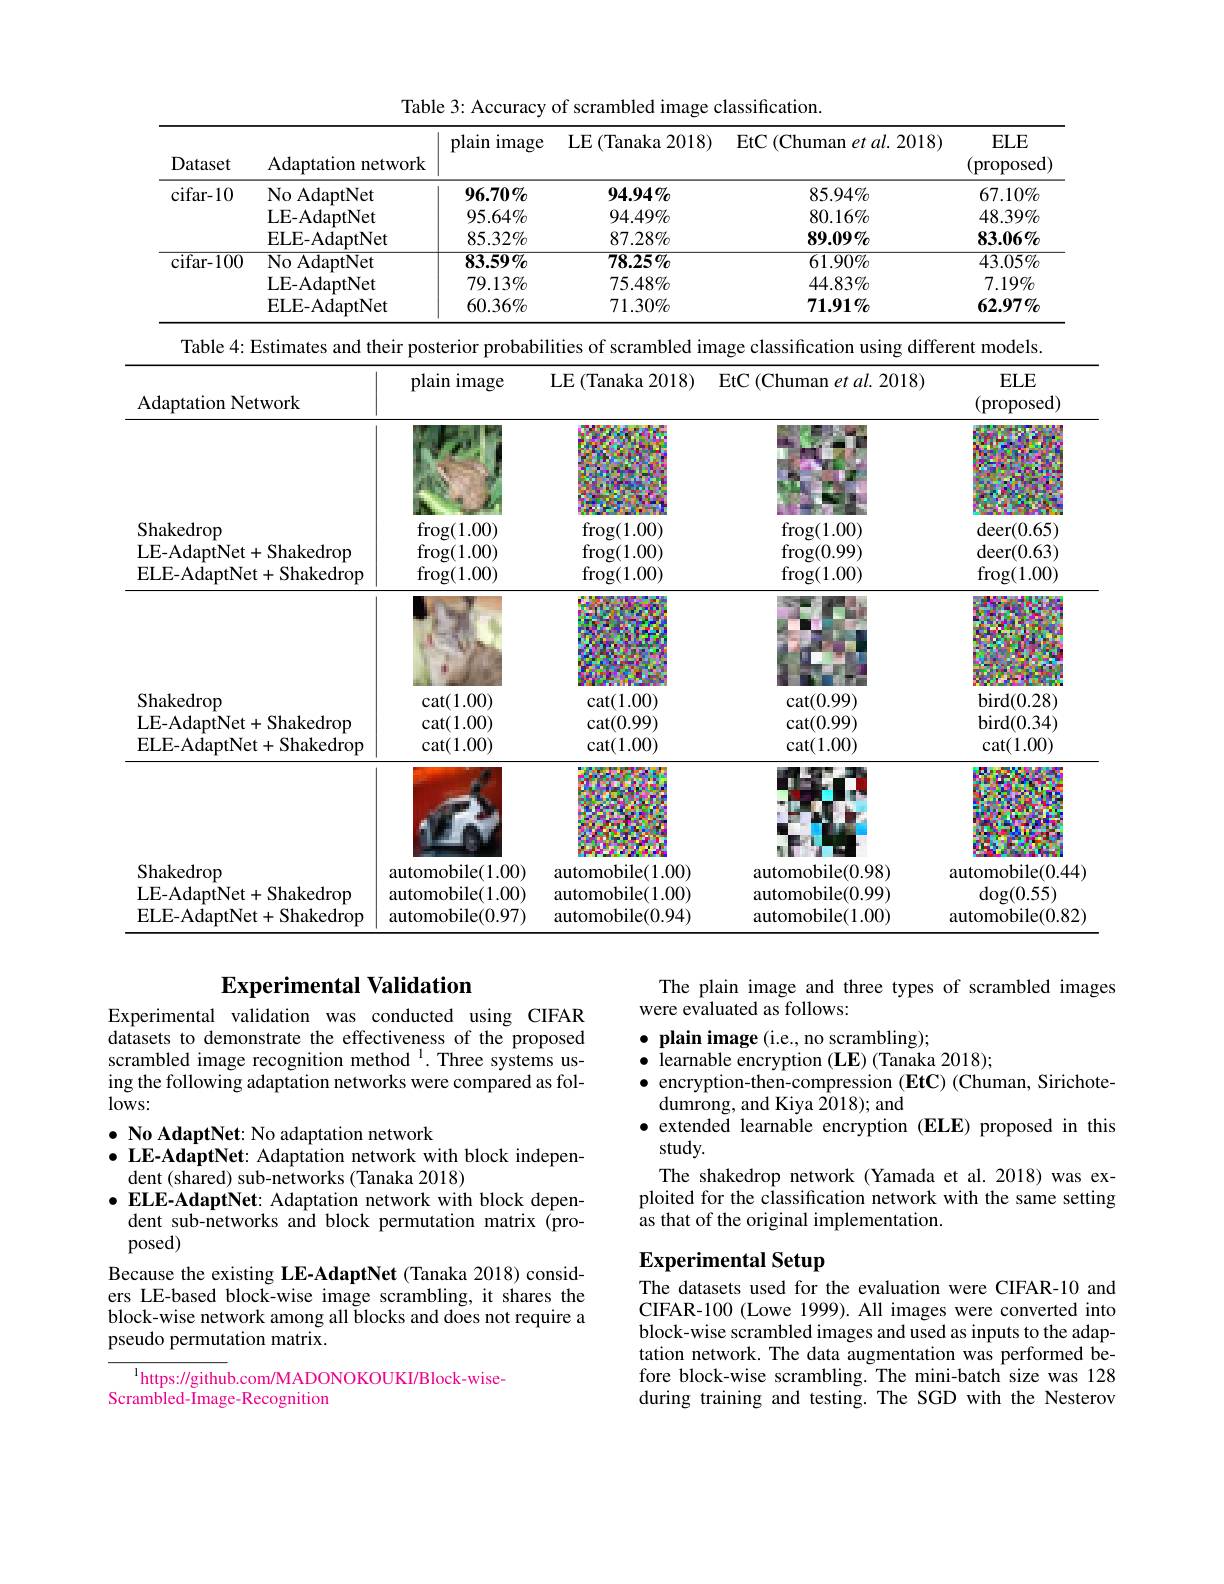
Table 3: Accuracy of scrambled image classification.

<table>
	<tbody>
		<tr>
			<th>Dataset</th>
			<th>Adaptation network</th>
			<th>plain image 1</th>
			<th>LE (Tanaka 2018)</th>
			<th>EtC(Chuman$etal.2018)$</th>
			<th>$ELE$ (proposed)</th>
		</tr>
		<tr>
			<td>cifar- 10</td>
			<td>No AdaptNet LE-AdaptNet $\mathbf{ELE-AdaptNet}$</td>
			<td>$96.70\%$ $95.64\%$ $85.32\%$</td>
			<td>$94.94\%$ $94.49\%$ $87.28\%$</td>
			<td>$85.94\%$ $80.16\%$ $89.09\%$</td>
			<td>$67.10\%$ $48.39\%$ $83.06\%$</td>
		</tr>
		<tr>
			<td>cifar- 100</td>
			<td>No AdaptNet LE-AdaptNet $\mathbf{ELE-AdaptNet}$</td>
			<td>$83.59\%$ $79.13\%$ $60.36\%$</td>
			<td>$78.25\%$ $75.48\%$ $71.30\%$</td>
			<td>$61.90\%$ $44.83\%$ $71.91\%$</td>
			<td>$43.05\%$ $7.19\%$ $62.97\%$</td>
		</tr>
		<tr>
			<td>Table 4: Es</td>
			<td>timates and their $PO$ 1</td>
			<td>sterior probabi </td>
			<td>ities of scrambled im</td>
			<td>age classification using differ</td>
			<td>ent models.</td>
		</tr>
		<tr>
			<td>Adaptation Netv</td>
			<td>$pl:$ /ork</td>
			<td>ain image</td>
			<td>LE $\Xi($Tanaka 2018)</td>
			<td>EtC (Chuman et $al.2018)$</td>
			<td>$ELE$ (proposed)</td>
		</tr>
		<tr>
			<td> </td>
			<td> </td>
			<td> </td>
			<td> </td>
			<td> </td>
			<td> </td>
		</tr>
		<tr>
			<td>Shakedrop LE- AdaptNet+ ELE- AdaptNet</td>
			<td>fi Shakedrop fi $\stackrel{\mathbf{m}}{\mathrm{fi}}$ Shakedrop</td>
			<td>$\operatorname{rog}(1.00)$ $\operatorname{rog}(1.00)$ $\operatorname{rog}(1.00)$</td>
			<td>$\operatorname{frog}(1.00)$ $\operatorname{frog}(1.00)$ $\operatorname{frog}(1.00)$</td>
			<td>$\operatorname{frog}(1.00)$ $\operatorname{frog}(0.99)$ $\operatorname{frog}(1.00)$</td>
			<td>$\operatorname{deer}(0.65)$ $\operatorname{deer}(0.63)$ $\operatorname{frog}(1.00)$</td>
		</tr>
		<tr>
			<td>LLLI ruapu</td>
			<td>ncuvp</td>
			<td>$\mathbf{v}_{5\setminus1.00})$</td>
			<td>$\upsilon_{\mathcal{E}(1.0)}$</td>
			<td>$^{\circ}5(1.00)$</td>
			<td>$\mathbf{v}_{5(1,1)}$ $IV/$</td>
		</tr>
		<tr>
			<td>Shakedrop LE- AdaptNet+ ELE- AdaptNet</td>
			<td>Shakedrop Shakedrop</td>
			<td>${\mathrm{cat}}(1.00)$ ${\mathrm{cat}}(1.00)$ ${\mathrm{cat}}(1.00)$</td>
			<td>$\operatorname{cat}(1.00)$ $\operatorname{cat}(0.99)$ $\operatorname{cat}(1.00)$</td>
			<td>$\operatorname{cat}(0.99)$ $\operatorname{cat}(0.99)$ $\operatorname{cat}(1.00)$</td>
			<td>$\operatorname{bird}(0.28)$ $\operatorname{bird}(0.34)$ $\operatorname{cat}(1.00)$</td>
		</tr>
		<tr>
			<td>Shakedrop LE- AdaptNet+ ELE- AdaptNet</td>
			<td>autor Shakedrop autor Shakedrop autor</td>
			<td>${\mathrm{nobile}}(1.00)$ ${\mathrm{mobile}}(1.00)$ ${\mathrm{nobile}}(0.97)$</td>
			<td>${\mathrm{automobile}}(1.00)$ automobile(1.00) ${\mathrm{automobile}}(0.94)$</td>
			<td>${\mathrm{automobile}}(0.98)$ automobile(0.99) ${\mathrm{automobile}(1.00)}$</td>
			<td>automobile(0.44) $\operatorname{dog}(0.55)$ automobile(0.82)</td>
		</tr>
	</tbody>
</table>

## Experimental Validation

The plain image and three types of scrambled images
were evaluated as follows:

$\bullet$ plain image (i.e., no scrambling);
learnable encryption (LE) (Tanaka 2018);
encryption-then-compression (EtC) (Chuman, Sirichote-
dumrong, and Kiya 2018); and
$\bullet$ extended learnable encryption (ELE) proposed in this
study.
The shakedrop network (Yamada et al.2018) was exploited for the classification network with the same setting as that of the original implementation.

Experimental validation was conducted using CIFAR datasets to demonstrate the effectiveness of the proposed scrambled image recognition method $^{1}.$Three systemsus- ing the following adaptation networks were compared as fol- $lows:$
$\bullet$ No AdaptNet: No adaptation network
$\bullet$ LE-AdaptNet: Adaptation network with block indepen-
dent (shared) sub-networks (Tanaka 2018)
$\bullet$ ELE-AdaptNet: Adaptation network with block dependent sub-networks and block permutation matrix (proposed)
Because the existing LE-AdaptNet (Tanaka 2018) considers LE-based block-wise image scrambling, it shares the block-wise network among all blocks and does not require a pseudo permutation matrix.

# Experimental Setup

The datasets used for the evaluation were CIFAR-10 and CIFAR-100 (Lowe 1999). All images were converted into block-wise scrambled images and used as inputs to the adaptation network. The data augmentation was performed before block-wise scrambling. The mini-batch size was 128 during training and testing. The SGD with the Nesterov

$^{\mathrm{l}}$https://github.com/MADONOKOUKI/Block-wise-
Scrambled-Image-Recognition